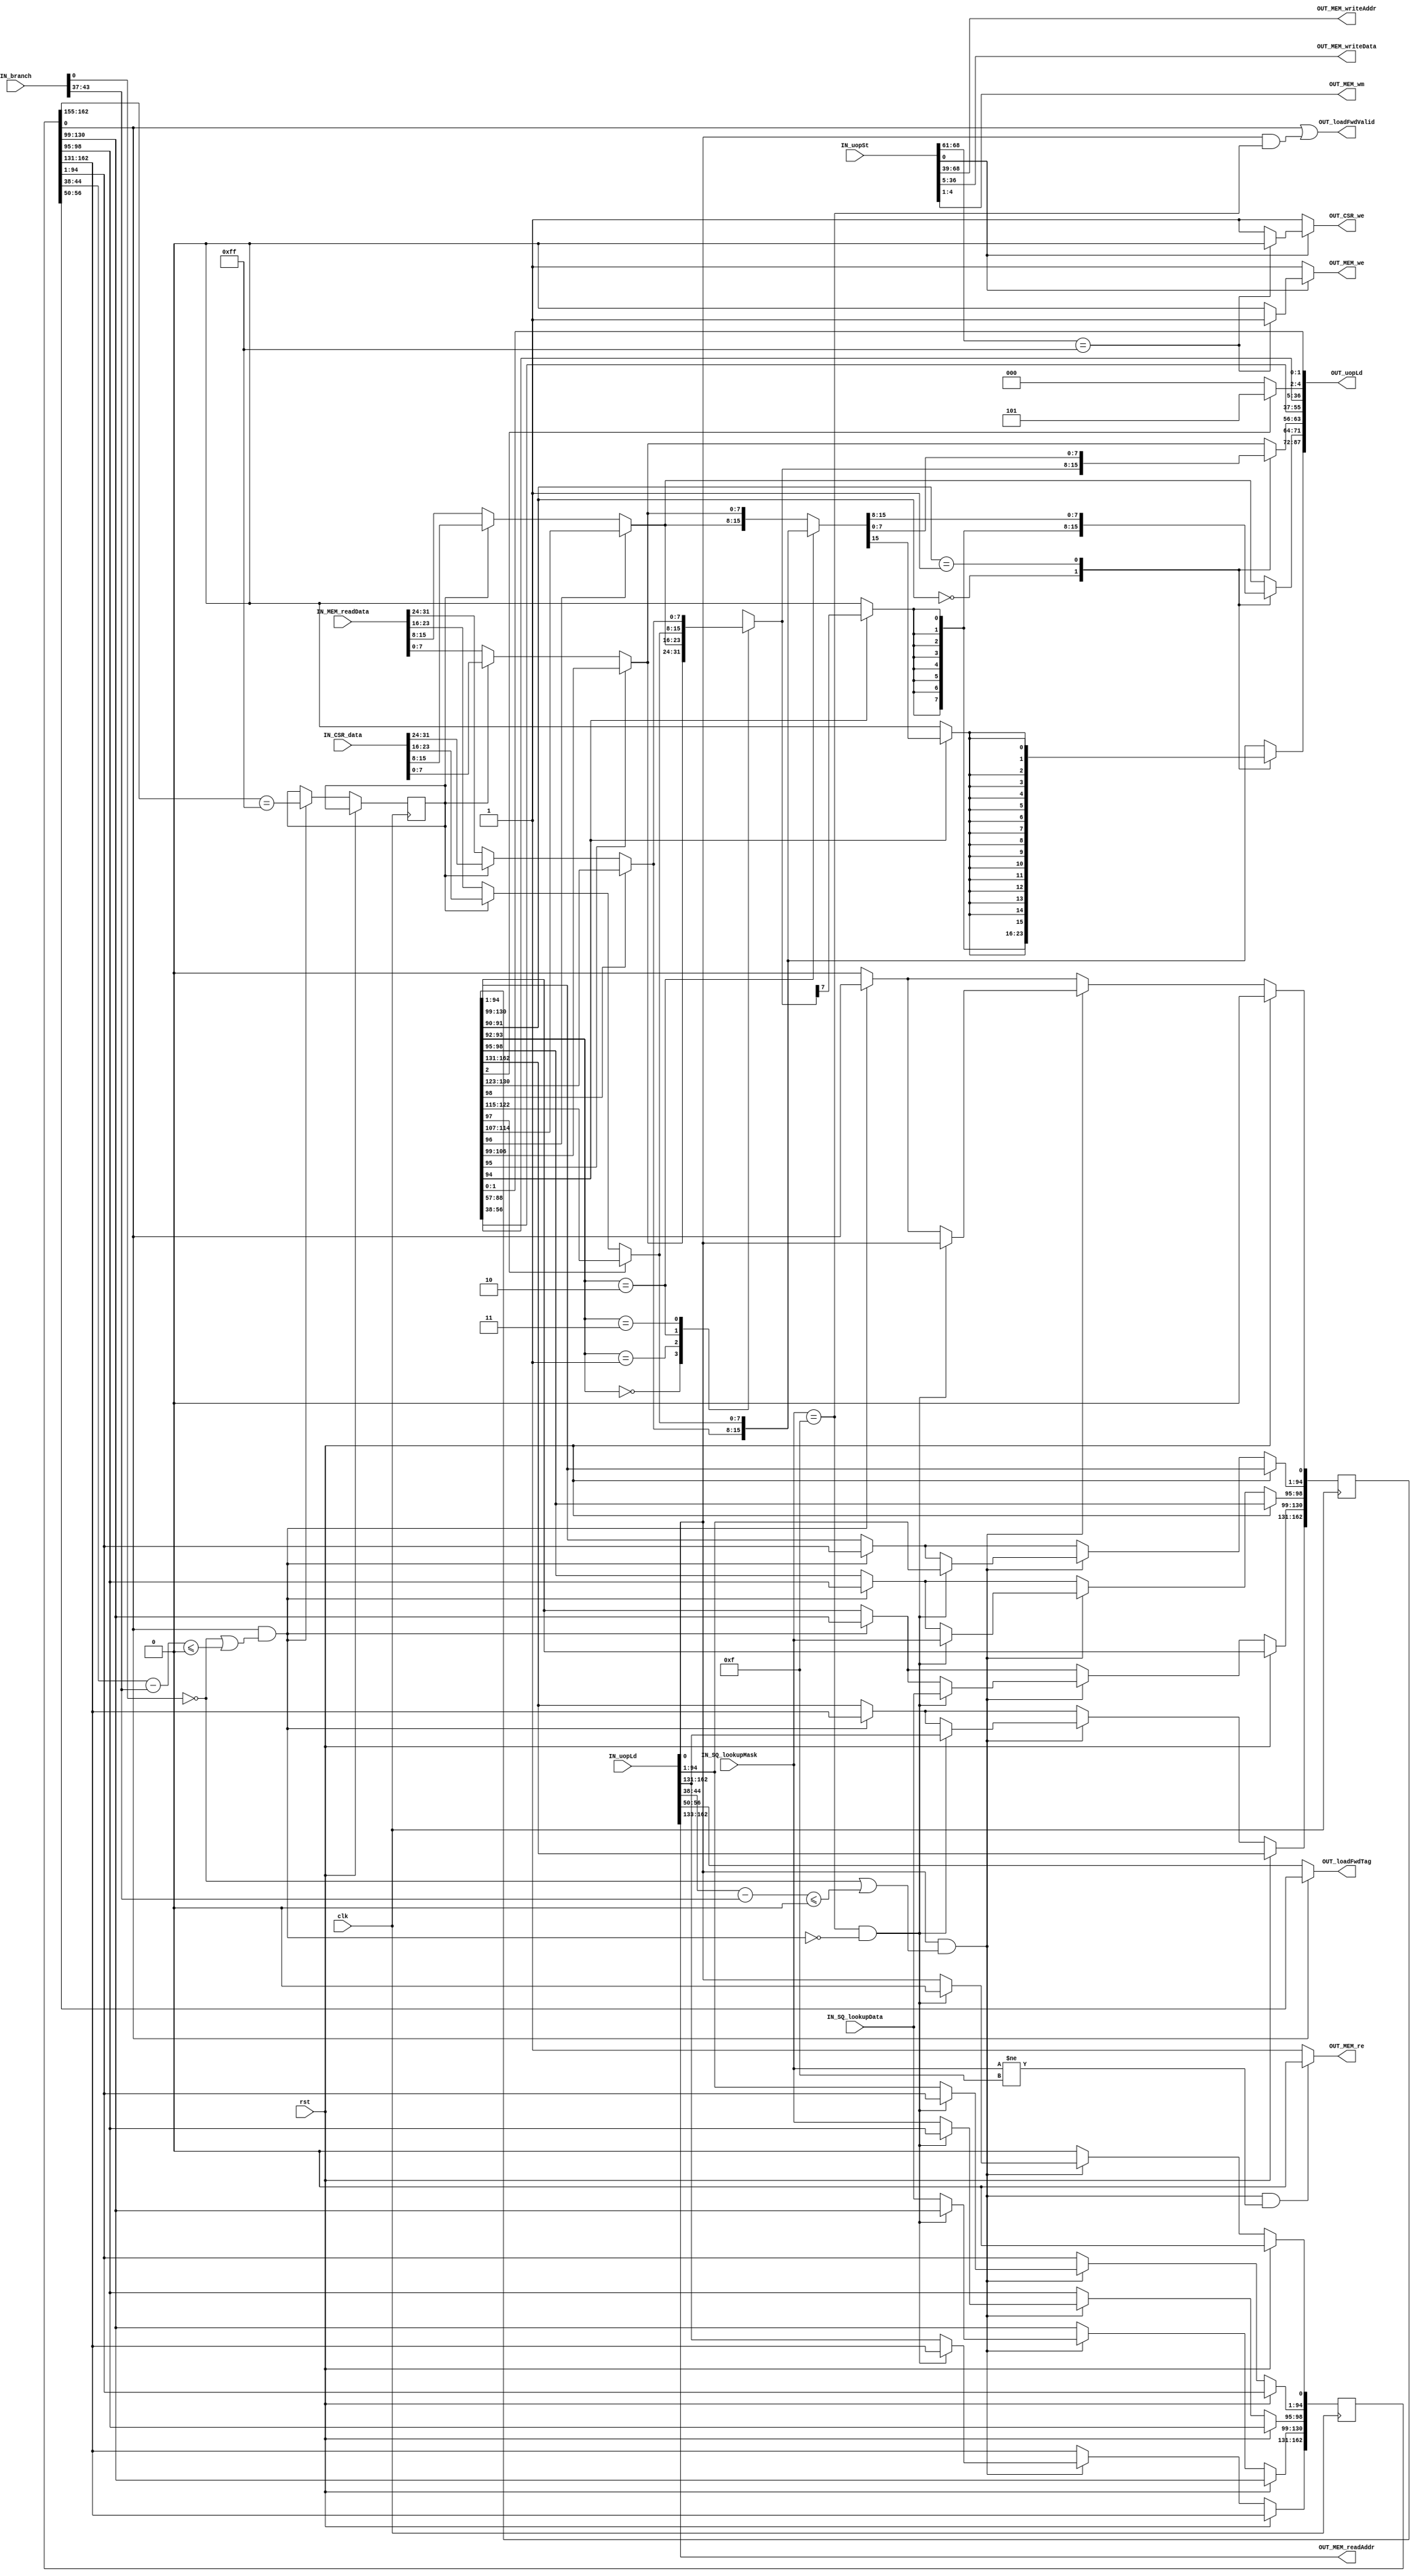
module LoadStoreUnit (
	clk,
	rst,
	IN_branch,
	IN_uopLd,
	IN_uopSt,
	OUT_MEM_re,
	OUT_MEM_readAddr,
	IN_MEM_readData,
	OUT_MEM_we,
	OUT_MEM_writeAddr,
	OUT_MEM_writeData,
	OUT_MEM_wm,
	IN_SQ_lookupMask,
	IN_SQ_lookupData,
	IN_CSR_data,
	OUT_CSR_we,
	OUT_uopLd,
	OUT_loadFwdValid,
	OUT_loadFwdTag
);
	input wire clk;
	input wire rst;
	input wire [75:0] IN_branch;
	input wire [162:0] IN_uopLd;
	input wire [68:0] IN_uopSt;
	output reg OUT_MEM_re;
	output reg [29:0] OUT_MEM_readAddr;
	input wire [31:0] IN_MEM_readData;
	output reg OUT_MEM_we;
	output reg [29:0] OUT_MEM_writeAddr;
	output reg [31:0] OUT_MEM_writeData;
	output reg [3:0] OUT_MEM_wm;
	input wire [3:0] IN_SQ_lookupMask;
	input wire [31:0] IN_SQ_lookupData;
	input wire [31:0] IN_CSR_data;
	output reg OUT_CSR_we;
	output reg [87:0] OUT_uopLd;
	output wire OUT_loadFwdValid;
	output wire [6:0] OUT_loadFwdTag;
	integer i;
	integer j;
	reg [162:0] uopLd_0;
	reg [162:0] uopLd_1;
	assign OUT_loadFwdValid = uopLd_0[0] || (IN_uopLd[0] && (IN_SQ_lookupMask == 4'b1111));
	assign OUT_loadFwdTag = (uopLd_0[0] ? uopLd_0[56-:7] : IN_uopLd[56-:7]);
	reg isCSRread_1;
	always @(*) begin
		OUT_MEM_readAddr = IN_uopLd[162:133];
		OUT_MEM_writeAddr = IN_uopSt[68:39];
		OUT_MEM_writeData = IN_uopSt[36-:32];
		OUT_MEM_wm = IN_uopSt[4-:4];
		if ((IN_uopLd[0] && (!IN_branch[0] || ($signed(IN_uopLd[44-:7] - IN_branch[43-:7]) <= 0))) && (IN_SQ_lookupMask != 4'b1111))
			OUT_MEM_re = 0;
		else
			OUT_MEM_re = 1;
		if (IN_uopSt[0]) begin
			if (IN_uopSt[68:61] == 8'hff) begin
				OUT_MEM_we = 1;
				OUT_CSR_we = 0;
			end
			else begin
				OUT_MEM_we = 0;
				OUT_CSR_we = 1;
			end
		end
		else begin
			OUT_MEM_we = 1;
			OUT_CSR_we = 1;
		end
	end
	always @(*) begin : sv2v_autoblock_1
		reg [31:0] result;
		reg [31:0] data;
		result = 32'bxxxxxxxxxxxxxxxxxxxxxxxxxxxxxxxx;
		data[31:24] = (uopLd_1[98] ? uopLd_1[130:123] : (isCSRread_1 ? IN_CSR_data[31:24] : IN_MEM_readData[31:24]));
		data[23:16] = (uopLd_1[97] ? uopLd_1[122:115] : (isCSRread_1 ? IN_CSR_data[23:16] : IN_MEM_readData[23:16]));
		data[15:8] = (uopLd_1[96] ? uopLd_1[114:107] : (isCSRread_1 ? IN_CSR_data[15:8] : IN_MEM_readData[15:8]));
		data[7:0] = (uopLd_1[95] ? uopLd_1[106:99] : (isCSRread_1 ? IN_CSR_data[7:0] : IN_MEM_readData[7:0]));
		case (uopLd_1[91-:2])
			0: begin
				case (uopLd_1[93-:2])
					0: result[7:0] = data[7:0];
					1: result[7:0] = data[15:8];
					2: result[7:0] = data[23:16];
					3: result[7:0] = data[31:24];
				endcase
				result[31:8] = {24 {(uopLd_1[94] ? result[7] : 1'b0)}};
			end
			1: begin
				case (uopLd_1[93-:2])
					default: result[15:0] = data[15:0];
					2: result[15:0] = data[31:16];
				endcase
				result[31:16] = {16 {(uopLd_1[94] ? result[15] : 1'b0)}};
			end
			default: result = data;
		endcase
		OUT_uopLd[87-:32] = result;
		OUT_uopLd[55-:7] = uopLd_1[56-:7];
		OUT_uopLd[48-:5] = uopLd_1[49-:5];
		OUT_uopLd[43-:7] = uopLd_1[44-:7];
		OUT_uopLd[36-:32] = uopLd_1[88-:32];
		OUT_uopLd[0] = uopLd_1[0];
		OUT_uopLd[4-:3] = (uopLd_1[2] ? 3'd5 : 3'd0);
		OUT_uopLd[1] = uopLd_1[1];
	end
	always @(posedge clk)
		if (rst) begin
			uopLd_0[0] <= 0;
			uopLd_1[0] <= 0;
		end
		else begin
			uopLd_0[0] <= 0;
			uopLd_1[0] <= 0;
			if (uopLd_0[0] && (!IN_branch[0] || ($signed(uopLd_0[44-:7] - IN_branch[43-:7]) <= 0))) begin
				uopLd_1 <= uopLd_0;
				isCSRread_1 <= uopLd_0[162:155] == 8'hff;
			end
			if (IN_uopLd[0] && (!IN_branch[0] || ($signed(IN_uopLd[44-:7] - IN_branch[43-:7]) <= 0)))
				if ((IN_SQ_lookupMask == 4'b1111) && !(uopLd_0[0] && (!IN_branch[0] || ($signed(uopLd_0[44-:7] - IN_branch[43-:7]) <= 0)))) begin
					uopLd_1 <= IN_uopLd;
					uopLd_1[98-:4] <= IN_SQ_lookupMask;
					uopLd_1[130-:32] <= IN_SQ_lookupData;
				end
				else begin
					uopLd_0 <= IN_uopLd;
					uopLd_0[98-:4] <= IN_SQ_lookupMask;
					uopLd_0[130-:32] <= IN_SQ_lookupData;
				end
		end
endmodule